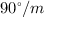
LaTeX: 9 0 ^ { \circ } / m